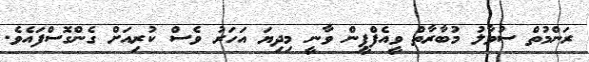
ރަންމުތް ސުވާލު މުބާރާތް ވީއެފްޕީން ވާނީ މިދިޔަ އަހަރު ވެސް ކުރިއަށް ގެންގޮސްފައެވެ.